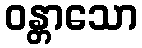
ဝန္တာသော